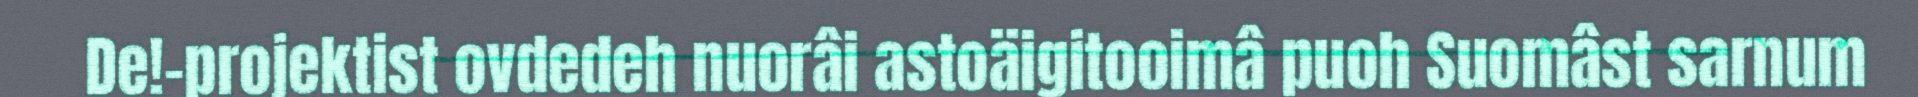
De!-projektist ovdedeh nuorâi astoäigitooimâ puoh Suomâst sarnum